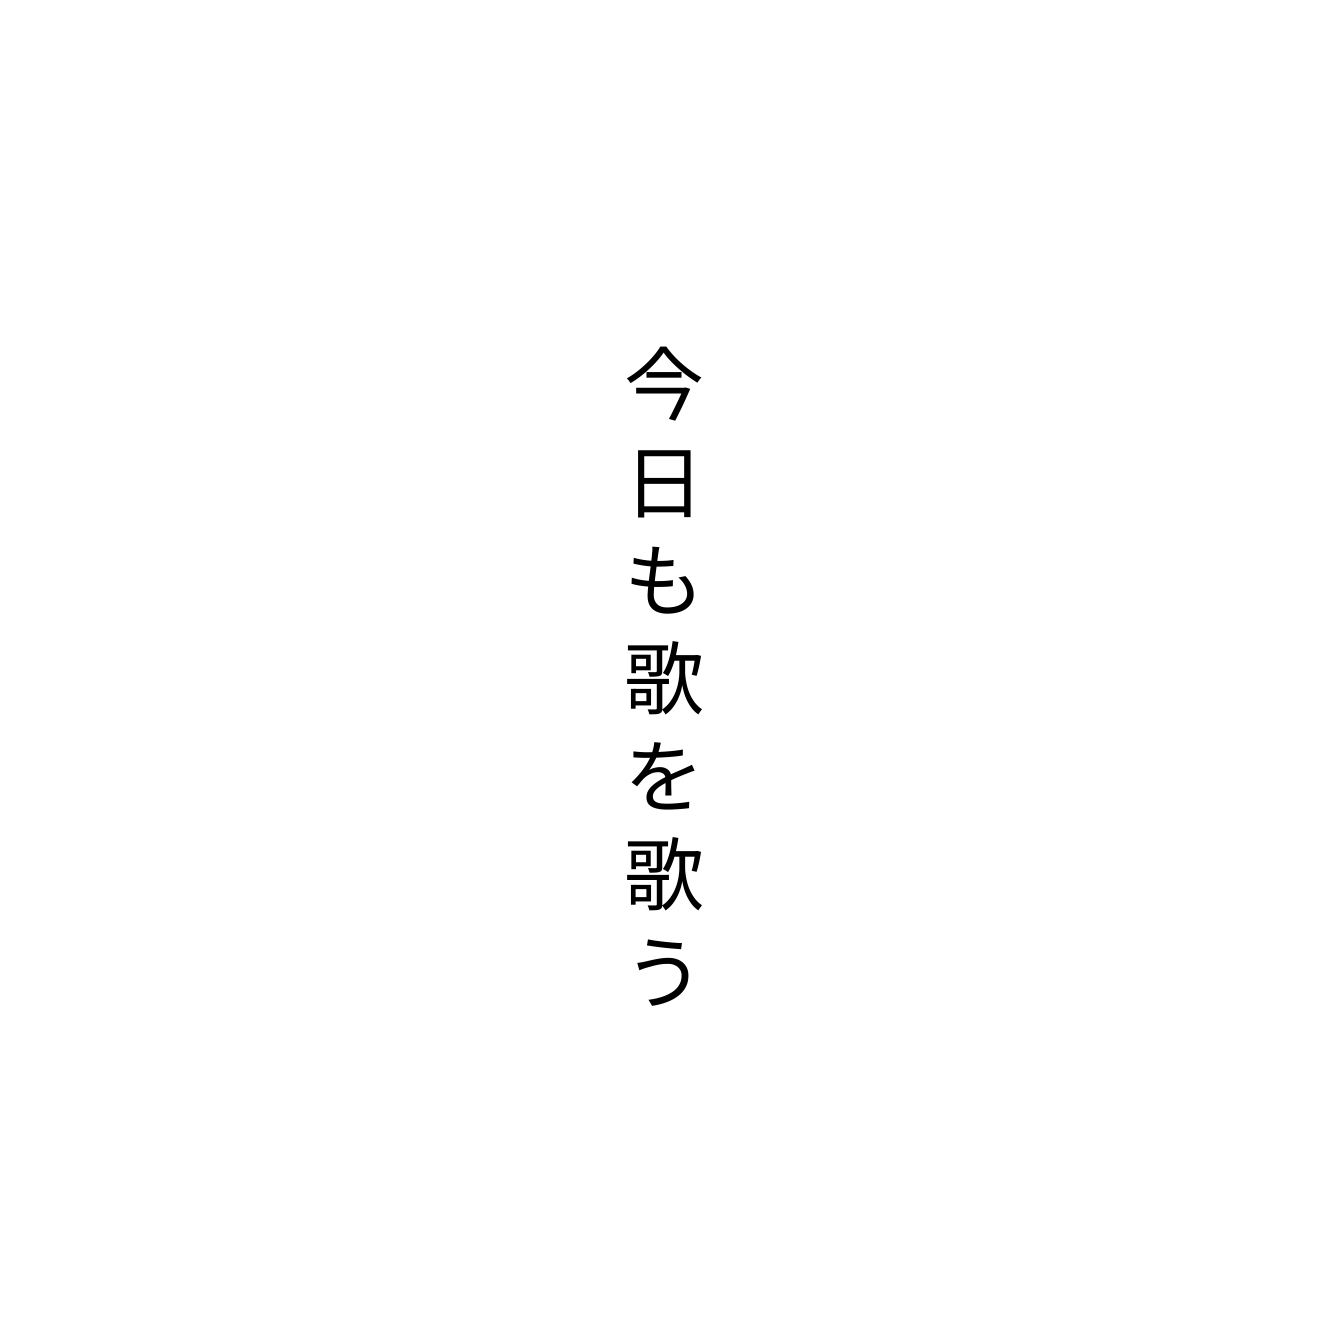
今日も歌を歌う